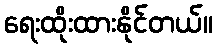
ရေးထိုးထားနိုင်တယ်။